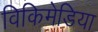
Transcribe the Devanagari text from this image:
विकिमेडिया